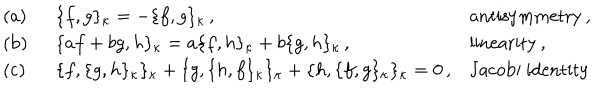
\begin{array} { l l l } { { \mathrm { ( a ) ~ ~ } } } & { { \{ f , g \} _ { \kappa } = - \{ f , g \} _ { \kappa } \, , } } & { { \mathrm { a n t i s y m m e t r y \, , } } } \\ { { \mathrm { ( b ) ~ ~ } } } & { { \{ a f + b g , h \} _ { \kappa } = a \{ f , h \} _ { \kappa } + b \{ g , h \} _ { \kappa } \, , } } & { { \mathrm { l i n e a r i t y \, , } } } \\ { { \mathrm { ( c ) ~ ~ } } } & { { \{ f , \{ g , h \} _ { \kappa } \} _ { \kappa } + \{ g , \{ h , f \} _ { \kappa } \} _ { \kappa } + \{ h , \{ f , g \} _ { \kappa } \} _ { \kappa } = 0 \, , } } & { { \mathrm { J a c o b i ~ i d e n t i t y } } } \\ \end{array}